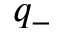
q _ { - }